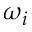
\omega _ { i }